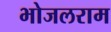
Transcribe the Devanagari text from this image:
भोजलराम